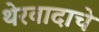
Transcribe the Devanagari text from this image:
थेरवादाचे